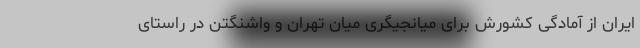
ایران از آمادگی کشورش برای میانجیگری میان تهران و واشنگتن در راستای